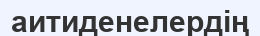
аитиденелердің